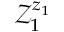
\mathcal { Z } _ { 1 } ^ { z _ { 1 } }